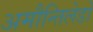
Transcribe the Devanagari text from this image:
अमौन्तिलेडो